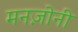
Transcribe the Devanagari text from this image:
मनज़ोनी